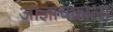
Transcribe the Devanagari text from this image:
आज्ञाचक्राला